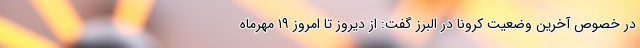
در خصوص آخرین وضعیت کرونا در البرز گفت: از دیروز تا امروز ۱۹ مهرماه